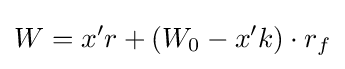
W=x'r+(W_{0}-x'k)\cdot r_{f}